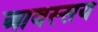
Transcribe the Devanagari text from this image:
आवस्सय